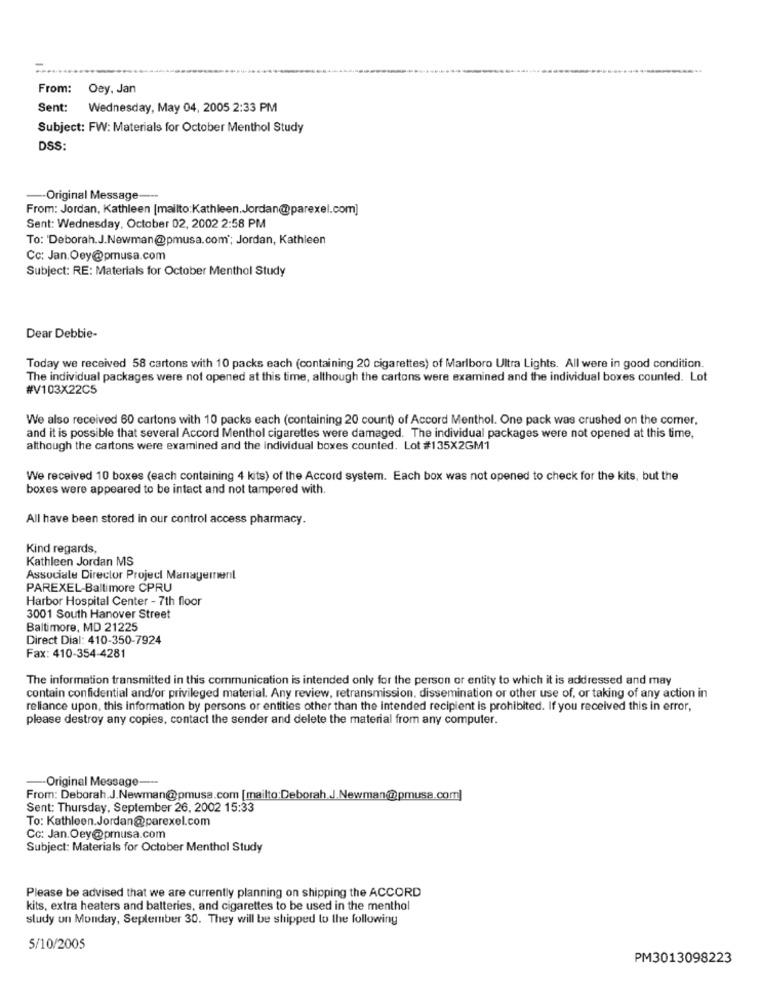
From: Oey. Jan
Sent: Wednesday, May 04, 2005 2:33 PM
Subject: FW: Materials for October Menthol Study
DSS:
-Original Message ---
From: Jordan, Kathleen [mailto:Kathleen. Jordan@parexel.com]
Sent: Wednesday, October 02, 2002 2:58 PM
To: 'Deborah.J.Newman@pmusa.com"; Jordan, Kathleen
Cc: Jan.Oey@pmusa.com
Subject: RE: Materials for October Menthol Study
Dear Debbie-
Today we received 58 cartons with 10 packs each (containing 20 cigarettes) of Marlboro Ultra Lights. All were in good condition.
The individual packages were not opened at this time, although the cartons were examined and the individual boxes counted. Lot
#V103X22C5
We also received 60 cartons with 10 packs each (containing 20 count) of Accord Menthol. One pack was crushed on the comer.
and it is possible that several Accord Menthol cigarettes were damaged. The individual packages were not opened at this time,
although the cartons were examined and the individual boxes counted. Lot #135X2GM1
We received 10 boxes (each containing 4 kits) of the Accord system. Each box was not opened to check for the kits, but the
boxes were appeared to be intact and not tampered with.
All have been stored in our control access pharmacy.
Kind regards,
Kathleen Jordan MS
Associate Director Project Management
PAREXEL-Baltimore CPRU
Harbor Hospital Center - 7th floor
3001 South Hanover Street
Baltimore, MD 21225
Direct Dial: 410-350-7924
Fax: 410-354-4281
The information transmitted in this communication is intended only for the person or entity to which it is addressed and may
contain confidential and/or privileged material. Any review, retransmission, dissemination or other use of, or taking of any action in
reliance upon, this information by persons or entities other than the intended recipient is prohibited. If you received this in error,
please destroy any copies, contact the sender and delete the material from any computer.
-- Original Message-
From: Deborah.J.Newman@pmusa.com [mailto;Deborah.J.Newman@pmusa.com]
Sent: Thursday, September 26, 2002 15:33
To: Kathleen.Jordan@parexel.com
Cc: Jan.Oey@pmusa.com
Subject: Materials for October Menthol Study
Please be advised that we are currently planning on shipping the ACCORD
kits, extra heaters and batteries, and cigarettes to be used in the menthol
study on Monday, September 30. They will be shipped to the following
5/10/2005
PM3013098223